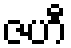
ဇဟီ